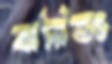
ঝরিভঃ